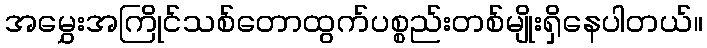
အမွှေးအကြိုင်သစ်တောထွက်ပစ္စည်းတစ်မျိုးရှိနေပါတယ်။